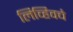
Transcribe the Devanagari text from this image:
लिव्हिवचे